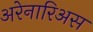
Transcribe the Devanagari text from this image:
अरेनारिअस